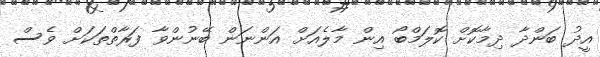
އީދު ބަންދާ ދިމާކޮށް ކޮލަމްބޯ އިން މާލެއަށް އަންނަން ބޭނުންވާ ފަރާތްތަކަށް ވެސް